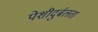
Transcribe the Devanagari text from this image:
पेशीदुर्बलता